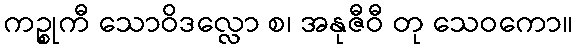
ကဉ္စုကီ သောဝိဒလ္လော စ၊ အနုဇီဝီ တု သေဝကော။